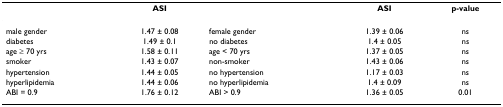
<table><thead><tr><td></td><td><b>ASI</b></td><td></td><td><b>ASI</b></td><td><b>p-value</b></td></tr></thead><tbody><tr><td>male gender</td><td>1.47 ± 0.08</td><td>female gender</td><td>1.39 ± 0.06</td><td>ns</td></tr><tr><td>diabetes</td><td>1.49 ± 0.1</td><td>no diabetes</td><td>1.4 ± 0.05</td><td>ns</td></tr><tr><td>age ≥ 70 yrs</td><td>1.58 ± 0.11</td><td>age &lt; 70 yrs</td><td>1.37 ± 0.05</td><td>ns</td></tr><tr><td>smoker</td><td>1.43 ± 0.07</td><td>non-smoker</td><td>1.43 ± 0.06</td><td>ns</td></tr><tr><td>hypertension</td><td>1.44 ± 0.05</td><td>no hypertension</td><td>1.17 ± 0.03</td><td>ns</td></tr><tr><td>hyperlipidemia</td><td>1.44 ± 0.06</td><td>no hyperlipidemia</td><td>1.4 ± 0.09</td><td>ns</td></tr><tr><td>ABI = 0.9</td><td>1.76 ± 0.12</td><td>ABI &gt; 0.9</td><td>1.36 ± 0.05</td><td>0.01</td></tr></tbody></table>